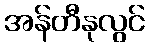
အန်တီနုလွင်